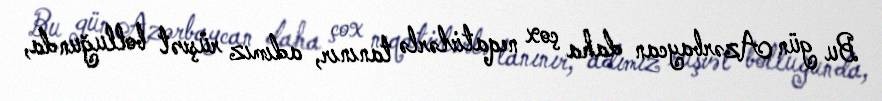
Bu gün Azərbaycan daha çox neqativlərlə tanınır, adımız rüşvət bolluğunda,